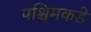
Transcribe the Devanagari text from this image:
पश्चिमकडे